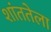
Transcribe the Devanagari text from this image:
शांततेला